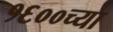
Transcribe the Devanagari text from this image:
१६००च्या